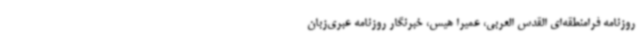
روزنامه فرامنطقه‌ای القدس العربی، عمیرا هیس، خبرنگار روزنامه عبری‌زبان